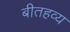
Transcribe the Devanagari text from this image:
बीतहव्य